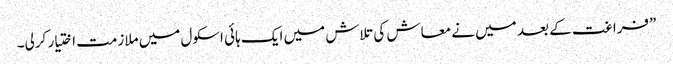
”فراغت کے بعد میں نے معاش کی تلاش میں ایک ہائی اسکول میں ملازمت اختیار کرلی۔